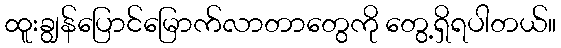
ထူးချွန်ပြောင်မြောက်လာတာတွေကို တွေ့ရှိရပါတယ်။